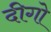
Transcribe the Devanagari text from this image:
दीगो